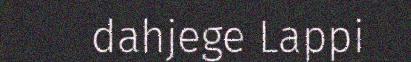
dahjege Lappi